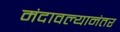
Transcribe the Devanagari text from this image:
मंदावल्यानंतर